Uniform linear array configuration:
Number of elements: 48
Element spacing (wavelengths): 0.75
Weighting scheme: binomial
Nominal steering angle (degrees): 0
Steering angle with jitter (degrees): -0.2678
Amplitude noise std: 0.05
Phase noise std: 0.05

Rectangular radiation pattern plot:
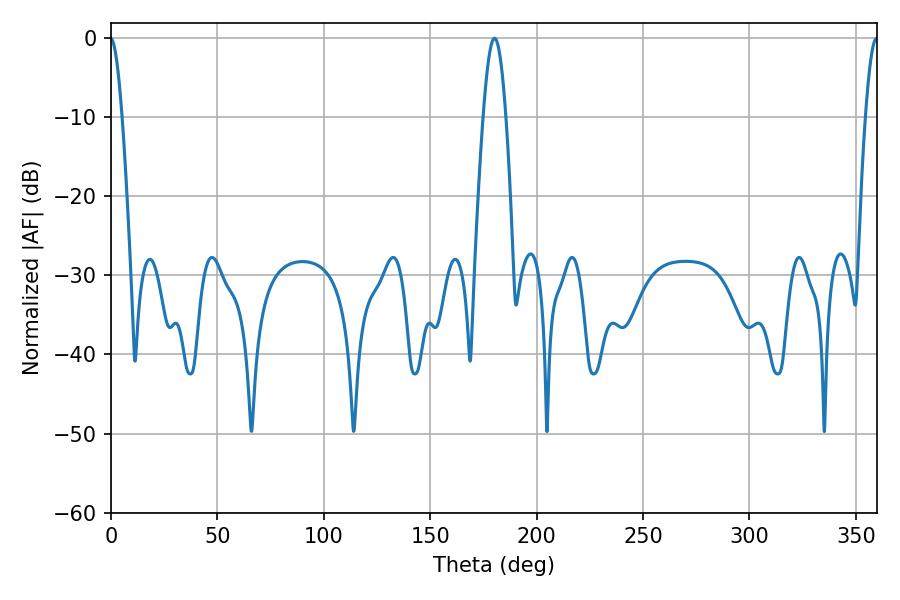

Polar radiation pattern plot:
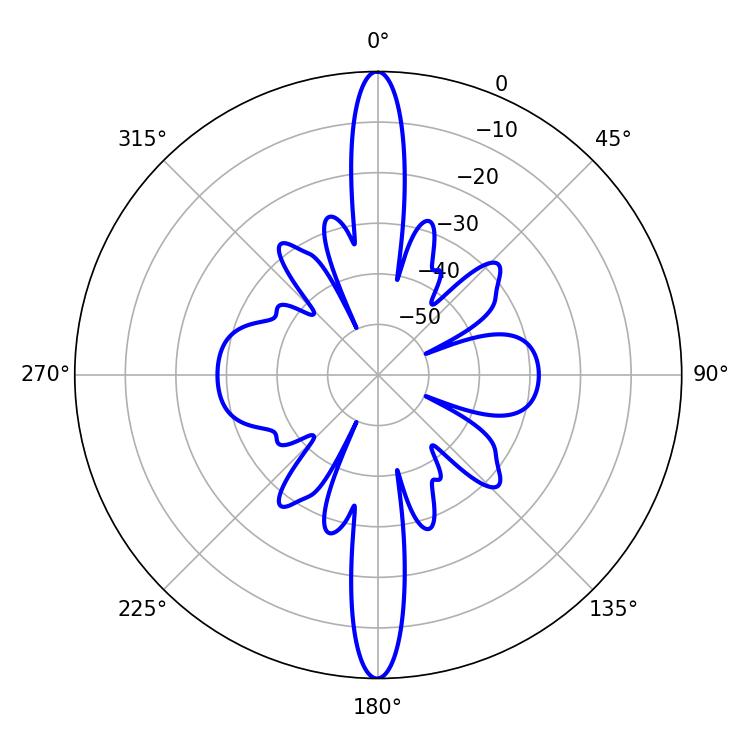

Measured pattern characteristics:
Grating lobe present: TRUE
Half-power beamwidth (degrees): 5.76
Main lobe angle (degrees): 180.18